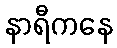
နာရီကနေ